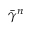
\bar { \gamma } ^ { n }